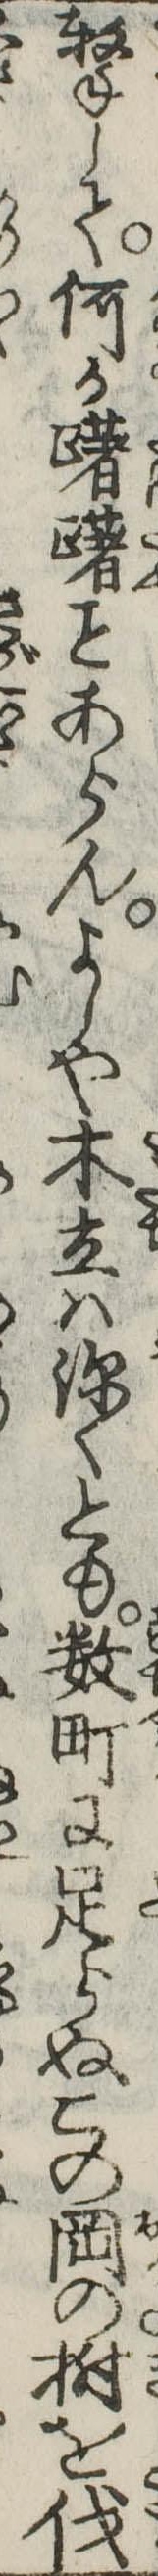
撃して何か躇あらんよしや木立は深くとも数町に足らぬこの岡の樹を伐